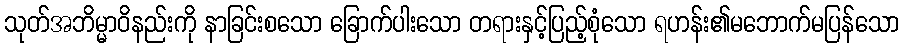
သုတ်အဘိမ္မာဝိနည်းကို နာခြင်းစသော ခြောက်ပါးသော တရားနှင့်ပြည့်စုံသော ရဟန်း၏မဘောက်မပြန်သော